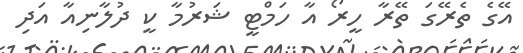
އޭގެ ތެރޭގަ ތޭރާ ހީރޯ އާ ހަމްޓީ ޝަރުމާ ކީ ދުލާނިއާ އަދި